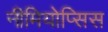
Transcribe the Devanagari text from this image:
नीमियोप्सिस